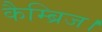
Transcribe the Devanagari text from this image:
कैम्ब्रिज।